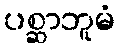
ပစ္ဆာဘူမံ